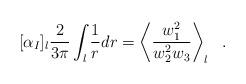
LaTeX: \begin{align*}[\alpha_I]_l\frac{2}{3\pi}\int_{l} \frac{1}{r}dr = \left< \frac{w^2_1}{w^2_2w_3}\right>_l~~. \end{align*}